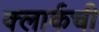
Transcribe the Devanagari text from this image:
क्‍लार्कची